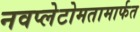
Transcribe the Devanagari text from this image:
नवप्लेटोमतामार्फत